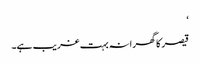
‘
قیصر کا گھرانہ بہت غریب ہے۔